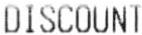
DISCOUNT